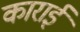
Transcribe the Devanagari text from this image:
काराई